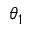
\theta _ { 1 }